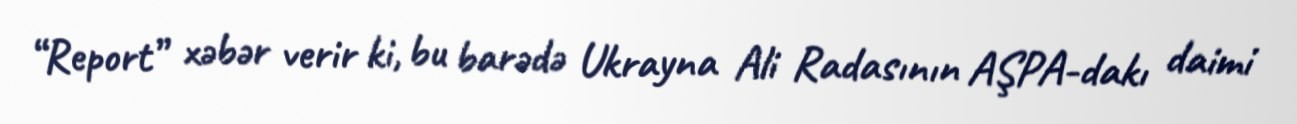
“Report” xəbər verir ki, bu barədə Ukrayna Ali Radasının AŞPA-dakı daimi